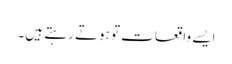
ایسے واقعات تو ہوتے رہتے ہیں۔